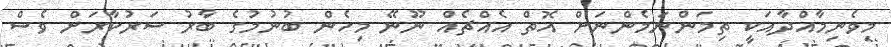
މިވެނިމާއްދާއަކީ ތިމަންނަމެންނަށް އޮތް އެއްޗެއް ނޫނޭ މިހެން ބުނުމުގެ ބާރު ސަރުކާރަށް ވެސް